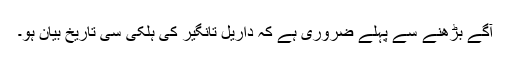
آگے بڑھنے سے پہلے ضروری ہے کہ داریل تانگیر کی ہلکی سی تاریخ بیان ہو۔